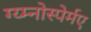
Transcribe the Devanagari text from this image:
ग्य्म्नोस्पेर्मए